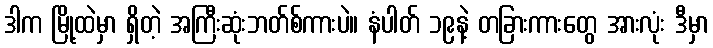
ဒါက မြို့ထဲမှာ ရှိတဲ့ အကြီးဆုံးဘတ်စ်ကားပဲ။ နံပါတ် ၁၉နဲ့ တခြားကားတွေ အားလုံး ဒီမှာ